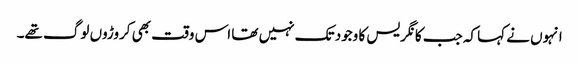
انہوں نے کہا کہ جب کانگریس کا وجود تک نہیں تھا اس وقت بھی کروڑوں لوگ تھے۔